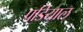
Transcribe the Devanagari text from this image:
पडियाल